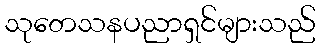
သုတေသနပညာရှင်များသည်